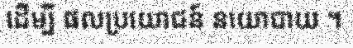
ដើម្បី ផលប្រយោជន៍ នយោបាយ ។